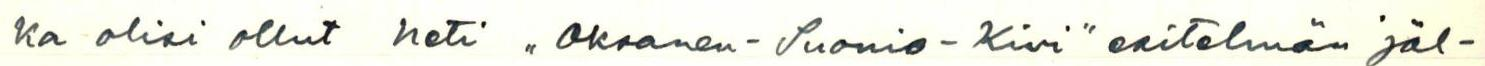
ka olisi ollut heti ,,Oksanen-Suonio-Kivi" esitelmän jäl-